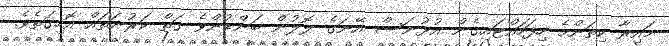
މައިރާ ކިތަންމެ ހިފަހައްޓައިގެން އުޅުނަސް އޭނަގެ ލޮލުން ބަންޑުންވެ ގަތް ކަރުނަތައް އޮހިގަތެވެ.